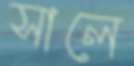
সালে